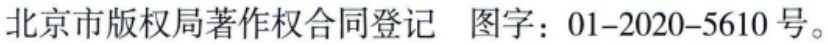
北京市版权局著作权合同登记 图字：01-2020-5610号。